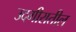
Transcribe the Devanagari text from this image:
उदगीरातील